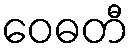
ဝေဓတီ